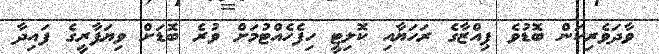
ވާދަވެރިކަން ބޮޑުވެ ޕިއްޒާގެ ރަހަޔާއި ކޮލިޓީ ހިފެހެއްޓުމަށް ވުރެ ބޮޑަށް ވިޔަފާރީގެ ފައިދާ